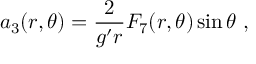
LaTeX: a _ { 3 } ( r , \theta ) = { \frac { 2 } { g ^ { \prime } r } } F _ { 7 } ( r , \theta ) \sin \theta \ ,